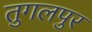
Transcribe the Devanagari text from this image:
तुगलपुर